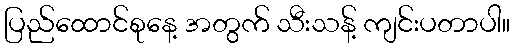
ပြည်ထောင်စုနေ့ အတွက် သီးသန့် ကျင်းပတာပါ။